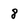
Character: 8